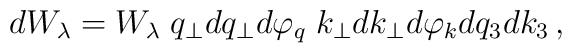
dW_{\lambda} = W_{\lambda}\;q_{\perp}dq_{\perp} d\varphi_q \;k_{\perp}dk_{\perp}d\varphi_k dq_3 dk_3 \,,